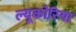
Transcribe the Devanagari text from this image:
ल्यूकोरिया